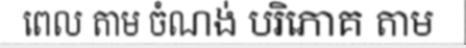
ពេល តាម ចំណង់ បរិភោគ តាម